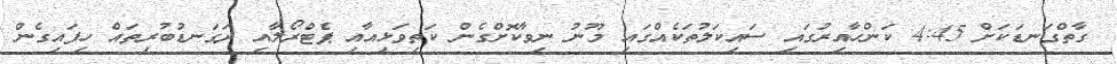
ގާތްގަނޑަކަށް 4:45 ކަންހާއިރުގައި ސައިކަލުތަކެއްގައި މޫނު ނިވާކޮށްގެން ކަތިވަޅިއާއި ޕެޓްރޯލާއި ދަގަނޑުބުރިތައް ހިފައިގެން